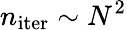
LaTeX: n_{\mathrm{iter}}\sim N^{2}